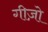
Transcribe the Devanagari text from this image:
गीज़ो